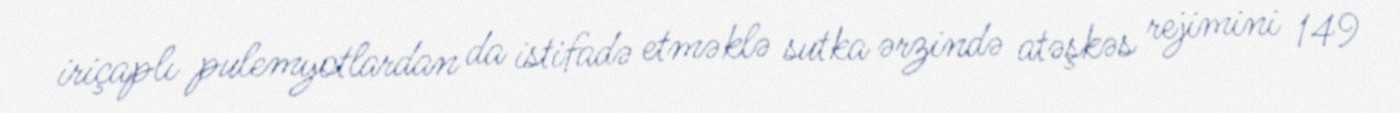
iriçaplı pulemyotlardan da istifadə etməklə sutka ərzində atəşkəs rejimini 149